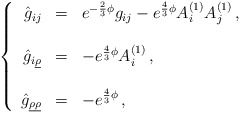
\begin{align*}\left\{\begin{array}{rcl}\hat{g}_{ij} & = & e^{-\frac{2}{3}\phi}g_{ij} -e^{\frac{4}{3}\phi} A^{(1)}_{i} A^{(1)}_{j}\, , \\& & \\\hat{g}_{i\underline{\rho}} & = & -e^{\frac{4}{3}\phi} A^{(1)}_{i}\, , \\& & \\\hat{g}_{\underline{\rho} \underline{\rho}} & = & -e^{\frac{4}{3}\phi}\, , \\\end{array}\right.\end{align*}